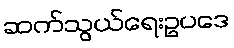
ဆက်သွယ်ရေးဥပဒေ